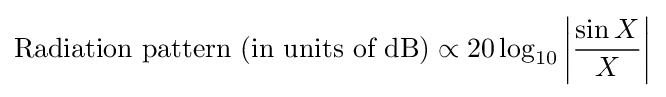
\displaystyle {\text{Radiation pattern (in units of dB)}}\propto 20\log _{10}\left|{\frac {\sin X}{X}}\right|